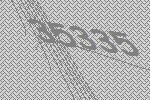
35335